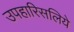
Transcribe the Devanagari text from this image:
उपहारिसलिये